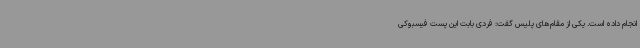
انجام داده است. یکی از مقام‌های پلیس گفت: فردی بابت این پست فیسبوکی